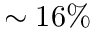
\sim 1 6 \%